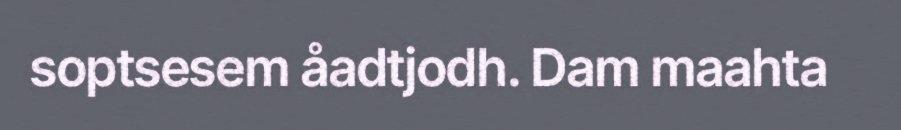
soptsesem åadtjodh. Dam maahta